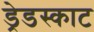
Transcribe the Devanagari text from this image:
ड्रेडस्काट